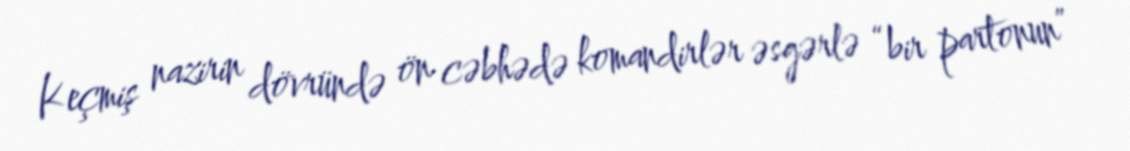
Keçmiş nazirin dövründə ön cəbhədə komandirlər əsgərlə “bir partonun”